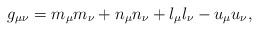
LaTeX: \begin{align*}g_{\mu\nu} =m_\mu m_\nu + n_\mu n_\nu + l _\mu l_\nu - u_\mu u_\nu,\end{align*}